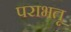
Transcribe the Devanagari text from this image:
पराभतू